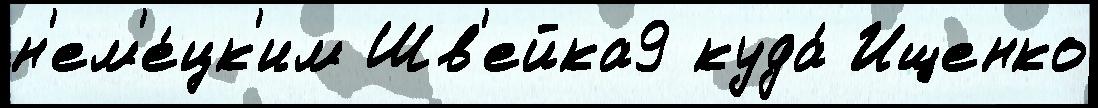
н'ем'е́цк'им Шв'ейка9 куда́ Ищенко